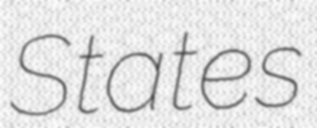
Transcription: States